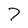
Character: 7